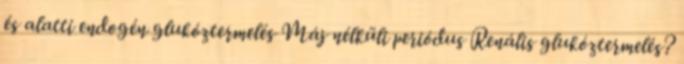
és alatti endogén glukóztermelés Máj nélküli periódus Renális glukóztermelés?